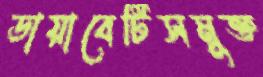
ডায়াবেটিসমুক্ত